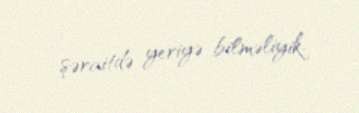
şəraitdə yeriyə bilməliyik.